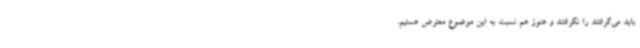
باید می‌گرفتند را نگرفتند و هنوز هم نسبت به این موضوع معترض هستیم.